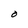
Character: O